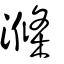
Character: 滌